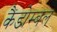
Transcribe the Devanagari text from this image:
कैंडोम्बल